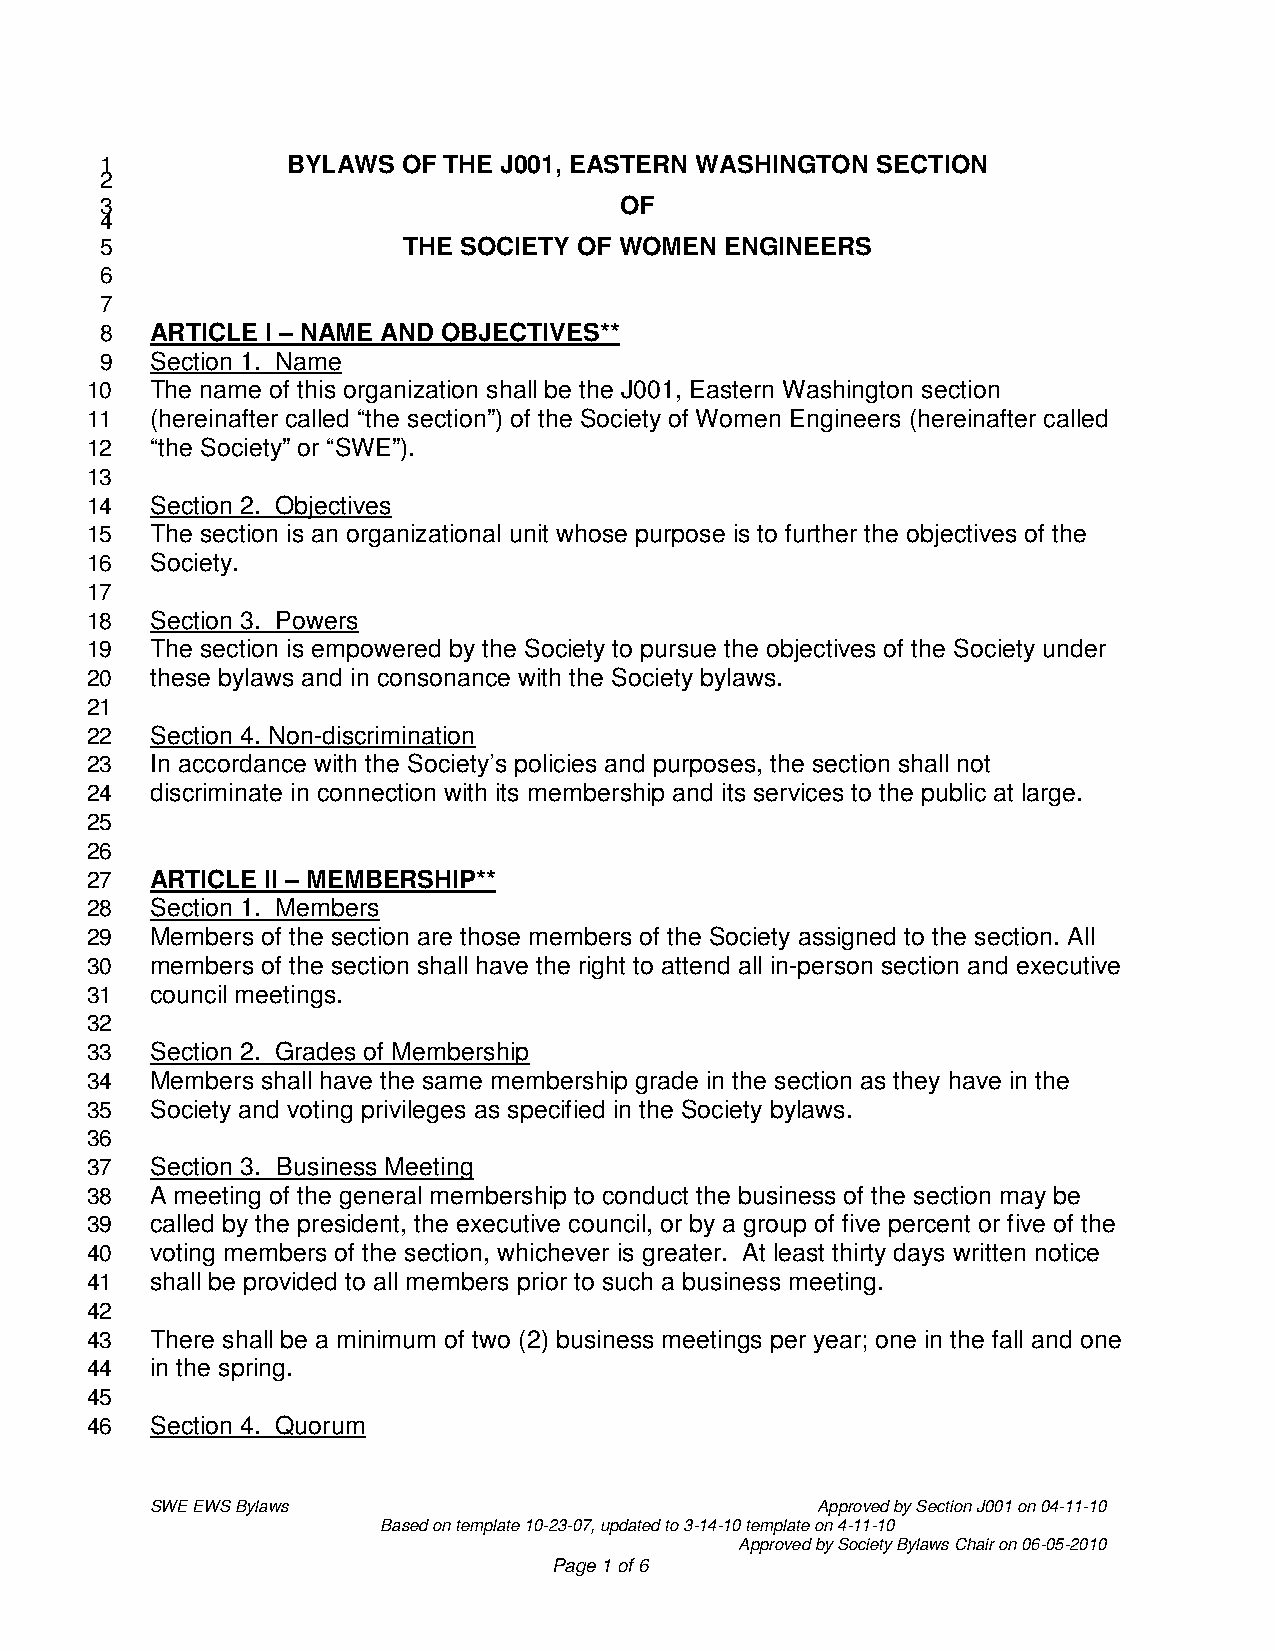
1           BYLAWS  OF THE J001, EASTERN WASHINGTON SECTION
 2
 3                                 OF
 4
 5                   THE SOCIETY OF WOMEN ENGINEERS
 6
 7
 8  ARTICLE I – NAME AND OBJECTIVES**
 9  Section 1. Name
 10  The name of this organization shall be the J001, Eastern Washington section
 11  (hereinafter called “the section”) of the Society of Women Engineers (hereinafter called
 12  “the Society” or “SWE”).
 13
 14  Section 2. Objectives
 15  The section is an organizational unit whose purpose is to further the objectives of the
 16  Society.
 17
 18  Section 3. Powers
 19  The section is empowered by the Society to pursue the objectives of the Society under
 20  these bylaws and in consonance with the Society bylaws.
 21
 22  Section 4. Non-discrimination
 23  In accordance with the Society’s policies and purposes, the section shall not
 24  discriminate in connection with its membership and its services to the public at large.
 25
 26
 27  ARTICLE II – MEMBERSHIP**
 28  Section 1. Members
 29  Members of the section are those members of the Society assigned to the section. All
 30  members of the section shall have the right to attend all in-person section and executive
 31  council meetings.
 32
 33  Section 2. Grades of Membership
 34  Members shall have the same membership grade in the section as they have in the
 35  Society and voting privileges as specified in the Society bylaws.
 36
 37  Section 3. Business Meeting
 38  A meeting of the general membership to conduct the business of the section may be
 39  called by the president, the executive council, or by a group of five percent or five of the
 40  voting members of the section, whichever is greater. At least thirty days written notice
 41  shall be provided to all members prior to such a business meeting.
 42
 43  There shall be a minimum of two (2) business meetings per year; one in the fall and one
 44  in the spring.
 45
 46  Section 4. Quorum
 SWE EWS Bylaws                              Approved by Section J001 on 04-11-10
 Based on template 10-23-07, updated to 3-14-10 template on 4-11-10
 Approved by Society Bylaws Chair on 06-05-2010
 Page 1 of 6